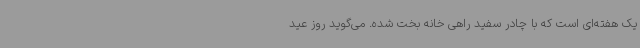
یک هفته‌ای است که با چادر سفید راهی خانه بخت شده. می‌گوید روز عید